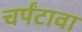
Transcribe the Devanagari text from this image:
चर्पंटावा